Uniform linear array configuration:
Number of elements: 16
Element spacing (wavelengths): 0.25
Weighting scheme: exponential
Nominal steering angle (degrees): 15
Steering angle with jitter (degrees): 16.488
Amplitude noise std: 0.05
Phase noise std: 0.05

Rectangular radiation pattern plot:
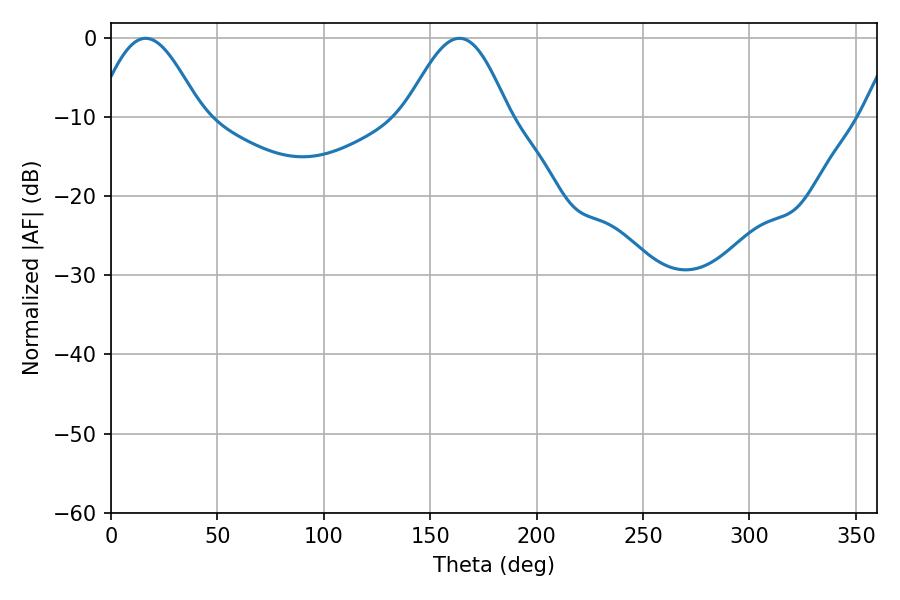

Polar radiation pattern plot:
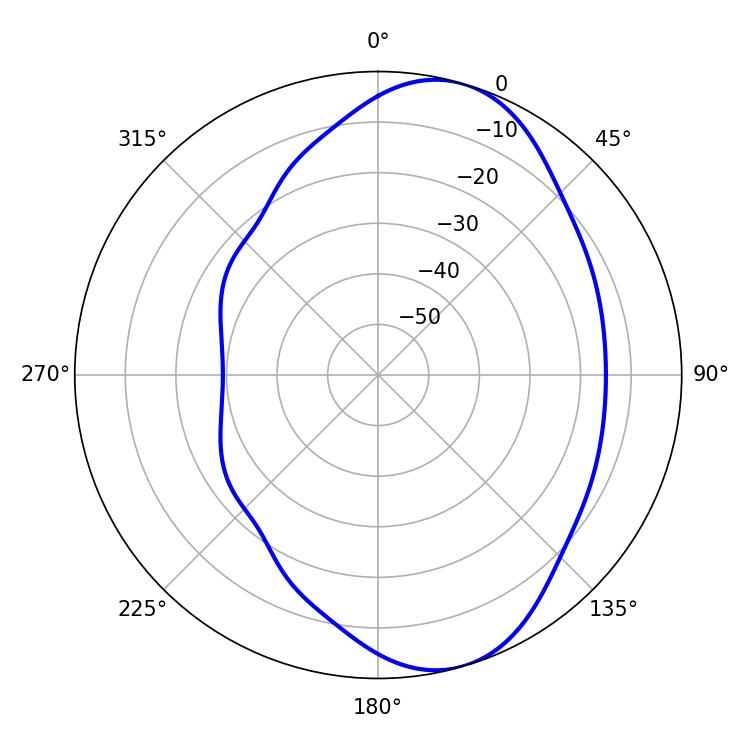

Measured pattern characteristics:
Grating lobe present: FALSE
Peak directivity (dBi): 7.615
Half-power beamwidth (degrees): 25.92
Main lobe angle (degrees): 16.2